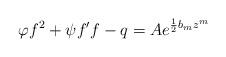
LaTeX: \begin{align*}\varphi f^{2}+\psi f^{\prime }f-q=Ae^{\frac{1}{2}b_{m}z^{m}} \end{align*}